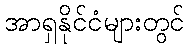
အာရှနိုင်ငံများတွင်